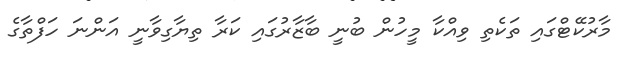
މާރުކޭޓްގައި ތަކެތި ވިއްކާ މީހުން ބުނީ ބާޒާރުގައި ކަރާ ތިޔާގިވާނީ އަންނަ ހަފްތާގެ